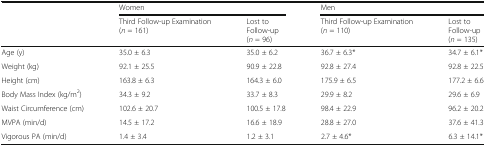
<table><thead><tr><td rowspan="2"></td><td colspan="2"><b>Women</b></td><td colspan="2"><b>Men</b></td></tr><tr><td><b>Third Follow-up Examination(<i>n</i> = 161)</b></td><td><b>Lost toFollow-up(<i>n</i> = 96)</b></td><td><b>Third Follow-up Examination(<i>n</i> = 110)</b></td><td><b>Lost toFollow-up(<i>n</i> = 135)</b></td></tr></thead><tbody><tr><td>Age (y)</td><td>35.0 ± 6.3</td><td>35.0 ± 6.2</td><td>36.7 ± 6.3*</td><td>34.7 ± 6.1*</td></tr><tr><td>Weight (kg)</td><td>92.1 ± 25.5</td><td>90.9 ± 22.8</td><td>92.8 ± 27.4</td><td>92.8 ± 22.5</td></tr><tr><td>Height (cm)</td><td>163.8 ± 6.3</td><td>164.3 ± 6.0</td><td>175.9 ± 6.5</td><td>177.2 ± 6.6</td></tr><tr><td>Body Mass Index (kg/m<sup>2</sup>)</td><td>34.3 ± 9.2</td><td>33.7 ± 8.3</td><td>29.9 ± 8.2</td><td>29.6 ± 6.9</td></tr><tr><td>Waist Circumference (cm)</td><td>102.6 ± 20.7</td><td>100.5 ± 17.8</td><td>98.4 ± 22.9</td><td>96.2 ± 20.2</td></tr><tr><td>MVPA (min/d)</td><td>14.5 ± 17.2</td><td>16.6 ± 18.9</td><td>28.8 ± 27.0</td><td>37.6 ± 41.3</td></tr><tr><td>Vigorous PA (min/d)</td><td>1.4 ± 3.4</td><td>1.2 ± 3.1</td><td>2.7 ± 4.6*</td><td>6.3 ± 14.1*</td></tr></tbody></table>